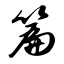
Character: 篇